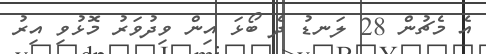
އެ މެޗުން 28 ލަނޑު ދެ ބޯޅަ އިން ވިދުވަރު މޮޅުވި އިރު